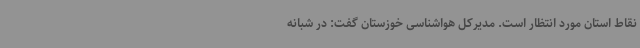
نقاط استان مورد انتظار است. مدیرکل هواشناسی خوزستان گفت: در شبانه